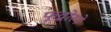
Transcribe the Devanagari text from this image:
फूद्बोरने